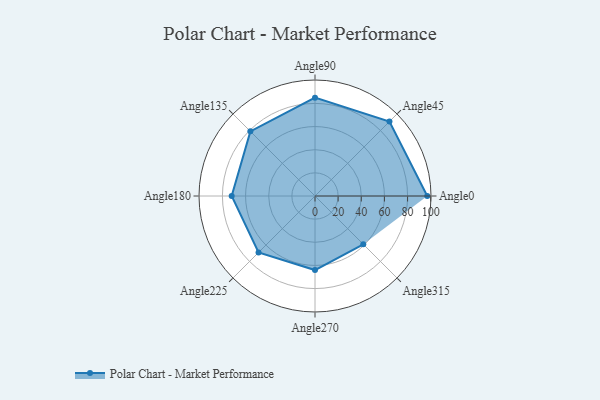
{"axis": {"x": "Angle", "y": "Radius"}, "legend": [""], "data": [{"x": "Angle0", "y": 97.0, "type": ""}, {"x": "Angle45", "y": 91.0, "type": ""}, {"x": "Angle90", "y": 85.0, "type": ""}, {"x": "Angle135", "y": 79.0, "type": ""}, {"x": "Angle180", "y": 72.0, "type": ""}, {"x": "Angle225", "y": 69.0, "type": ""}, {"x": "Angle270", "y": 64.0, "type": ""}, {"x": "Angle315", "y": 59.0, "type": ""}]}